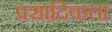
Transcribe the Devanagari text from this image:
प्रसादिकता